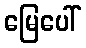
မြေပေါ်